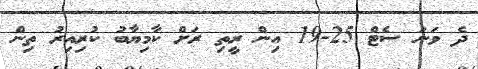
ދެ ވަނަ ސެޓް 25-19 އިން ރީތި ރަށް ކާމިޔާބު ކުރިއިރު ތިން